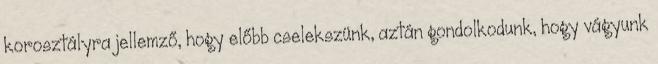
korosztályra jellemző, hogy előbb cselekszünk, aztán gondolkodunk, hogy vágyunk